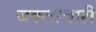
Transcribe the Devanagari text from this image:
जकनाचारी